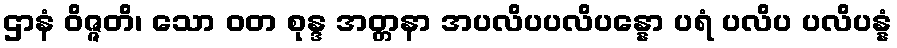
ဌာနံ ဝိဇ္ဇတိ၊ သော ဝတ စုန္ဒ အတ္တနာ အပလိပပလိပန္နော ပရံ ပလိပ ပလိပန္နံ